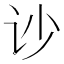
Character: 𰵏